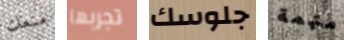
منعك تجربها جلوسك متهمة